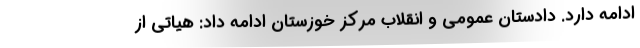
ادامه دارد. دادستان عمومی و انقلاب مرکز خوزستان ادامه داد: هیاتی از